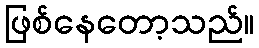
ဖြစ်နေတော့သည်။